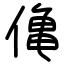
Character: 𫣒